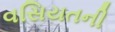
વસિયતની